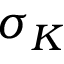
\sigma _ { K }